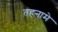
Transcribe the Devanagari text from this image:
तहनामे